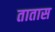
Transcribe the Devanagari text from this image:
तातास